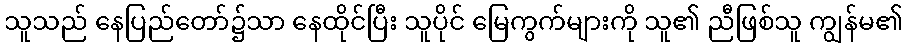
သူသည် နေပြည်တော်၌သာ နေထိုင်ပြီး သူပိုင် မြေကွက်များကို သူ၏ ညီဖြစ်သူ ကျွန်မ၏